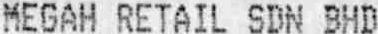
MEGAH RETAIL SDN BHD